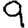
Digit: 9